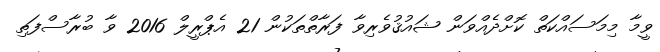
ވީމާ މިމަސައްކަތް ކޮށްދެއްވަން ޝައުޤުވެރިވާ ފަރާތްތަކުން 21 އެޕްރީލް 2016 ވާ ބުރާސްފަތި